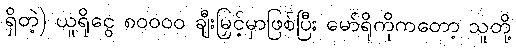
ရှိတဲ့) ယူရိုငွေ ၈၀၀၀၀ ချီးမြှင့်မှာဖြစ်ပြီး မော်ရိုကိုကတော့ သူတို့